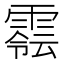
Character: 𩄈